Annual report of the Punjab Veterinary College and of the Civil Veterinary Department, Punjab - 1920-1925
Year: 1920
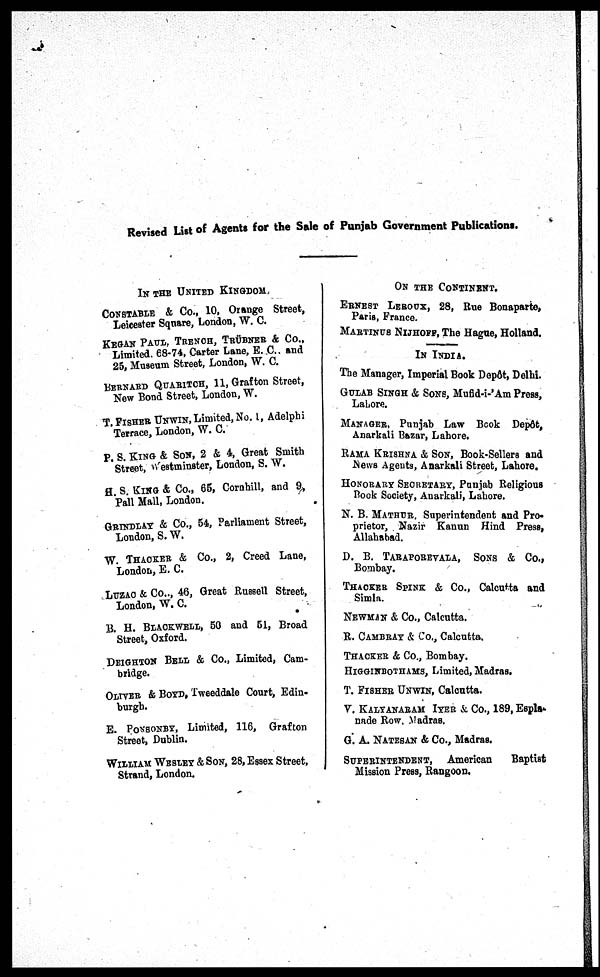
Revised List of Agents for the Sale of Punjab Government Publications.
IN THE UNITED KINGDOM
CONSTABLE & Co., 10, Orange Street,
Leicester Square, London, W. C.
KEGAN PAUL, TRENCH, TRÜBNER & Co.,
Limited. 68-74, Carter Lane, E. C., and
25, Museum Street, London, W. C.
BERNARD QUARITCH, 11, Grafton Street,
New Bond Street, London, W.
T. FISHER UNWIN, Limited, No. 1, Adelphi
Terrace, London, W. C.
P. S. KING & SON, 2 & 4, Great Smith
Street, Westminster, London, S. W.
H. S. KING & Co., 65, Cornhill, and 9,
Pall Mall, London.
GRINDLAY & Co., 54, Parliament Street,
London, S. W.
W. THACKER & Co., 2, Creed Lane,
London, E. C.
LUZAC & Co.., 46, Great Russell Street,
London, W. C.
B. H. BLACKWELL, 50 and 51, Broad
Street, Oxford.
DEIGHTON BELL & Co., Limited, Cam-
bridge.
OLIVER & BOYD, Tweeddale Court, Edin-
burgh.
E. PONSONBY, Limited, 116, Grafton
Street, Dublin.
WILLIAM WESLEY & SON, 28, Essex Street,
Strand, London.
ON THE CONTINENT.
ERNEST
LEROUX, 28, Rue Bonaparte,
Paris, France.
MARTINUS NIJHOFF, The Hague, Holland.
IN INDIA.
The Manager, Imperial Book Depôt, Delhi.
GULAB SINGH & SONS, Mufid-i-'Am Press,
Lahore.
MANAGER, Punjab Law Book Depôt,
Anarkali Bazar, Lahore.
RAMA KRISHNA & SON, Book-Sellers and
News Agents, Anarkali Street, Lahore.
HONORARY SECRETARY, Punjab Religious
Rook Society, Anarkali, Lahore.
N. B. MATHUR, Superintendent and Pro-
prietor, Nazir Kanun Hind Press,
Allahabad.
D. B. TARAPOREVALA, SONS & Co.,
Bombay.
THACKER SPINK & Co., Calcutta and
Simla.
NEWMAN & Co., Calcutta.
R. CAMBRAY & Co., Calcutta.
THACKER & Co., Bombay.
HIGGINBOTHAMS, Limited, Madras.
T. FISHER UNWIN, Calcutta.
V. KALYANARAM IYER & Co., 189, Espla-
nade Row, Madras.
G. A. NATESAN & Co., Madras.
SUPERINTENDENT,
American
Baptist
Mission Press, Rangoon.